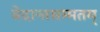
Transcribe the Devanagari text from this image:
वेदान्तसम्मतम्